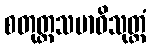
စတုတ္ထသမာဓိသုတ္တံ